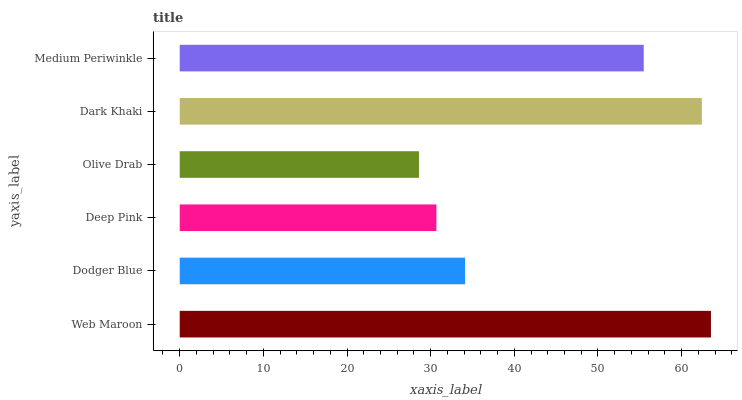
| yaxis_label | bars |
 | --- | --- |
 | Web Maroon | 63.5 |
 | Dodger Blue | 34.1 |
 | Deep Pink | 30.7 |
 | Olive Drab | 28.6 |
 | Dark Khaki | 62.4 |
 | Medium Periwinkle | 55.5 |